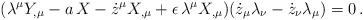
\begin{align*}(\lambda^{\mu} Y_{,\mu} - a \, X - \dot{z}^{\mu} X_{,\mu}+ \epsilon \, \lambda^{\mu} X_{,\mu})(\dot{z}_{\mu} \lambda_{\nu} - \dot{z}_{\nu} \lambda_{\mu}) = 0 \, .\end{align*}